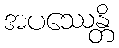
အပဿေန္တိ